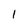
Character: 1